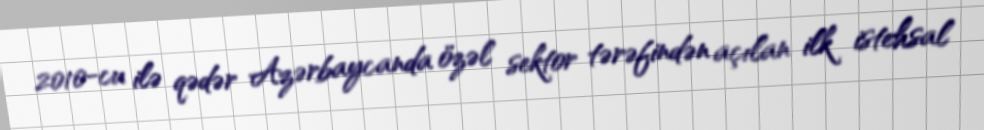
2010-cu ilə qədər Azərbaycanda özəl sektor tərəfindən açılan ilk istehsal